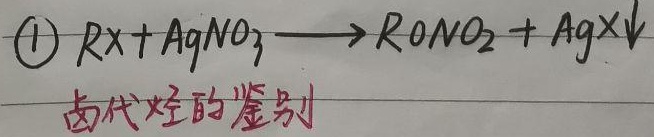
\textcircled{1} \(RX + AgNO_3 \longrightarrow RONO_2 + AgX\downarrow\)（卤代烃的鉴别）